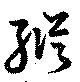
縦